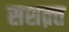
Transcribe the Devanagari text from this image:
सशक़्त